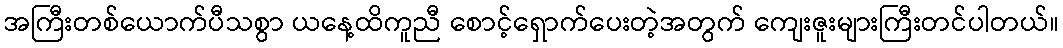
အကြီးတစ်ယောက်ပီသစွာ ယနေ့ထိကူညီ စောင့်ရှောက်ပေးတဲ့အတွက် ကျေးဇူးများကြီးတင်ပါတယ်။